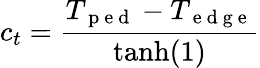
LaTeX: c_{t}=\frac{T_{\mathrm{~p~e~d~}}-T_{\mathrm{~e~d~g~e~}}}{\operatorname{tanh}(1)}